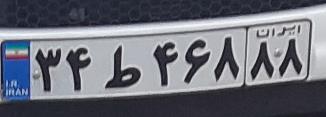
۳۴ط۴۶۸۸۸